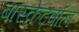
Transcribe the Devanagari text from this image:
बास्केट्बॉल